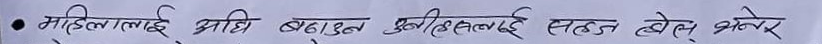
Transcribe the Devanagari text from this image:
• महिलालाई अघि बढाउन चुनौतिलाई सहन होस् भनेर